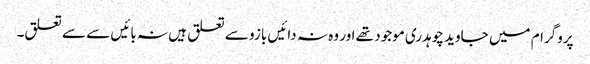
پروگرام میں جاوید چوہدری موجود تھے اور وہ نہ دائیں بازو سے تعلق ہیں نہ بائیں سے سے تعلق۔